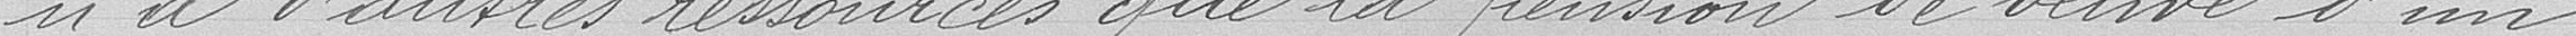
n'a d'autres ressources que la pension de veuve d'un